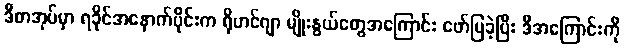
ဒီစာအုပ်မှာ ရခိုင်အနောက်ပိုင်းက ရိုဟင်ဂျာ မျိုးနွယ်တွေအကြောင်း ဖော်ပြခဲ့ပြီး ဒီအကြောင်းကို